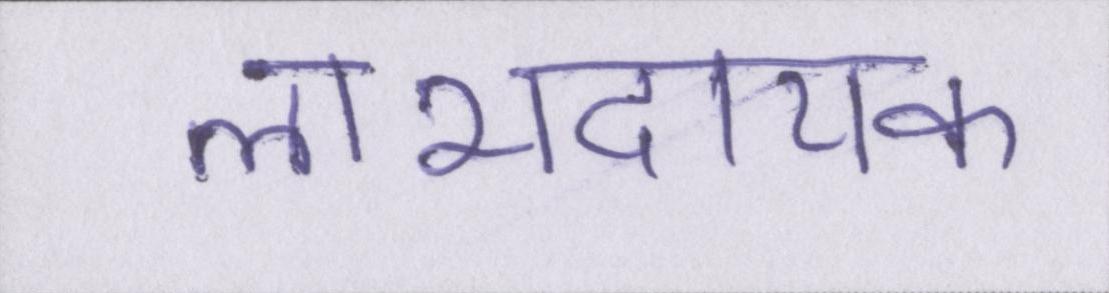
लाभदायक